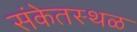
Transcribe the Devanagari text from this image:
संकेतस्‍थळ